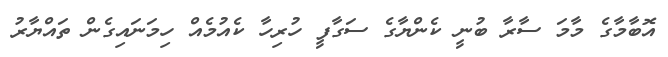
އޮބާމާގެ މާމަ ސާރާ ބުނީ ކެންޔާގެ ސަގާފީ ހުރިހާ ކެއުމެއް ހިމަނައިގެން ތައްޔާރު